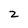
Character: 2